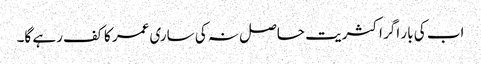
اب کی بار اگر اکثریت حاصل نہ کی ساری عمر کا کف رہے گا۔